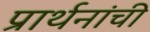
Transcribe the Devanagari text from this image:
प्रार्थनांची